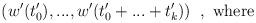
LaTeX: \begin{align*}(w'(t'_0),...,w'(t'_0+...+t'_k))\;\;,\mbox{ where}\end{align*}